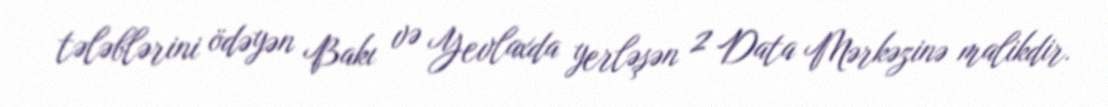
tələblərini ödəyən Bakı və Yevlaxda yerləşən 2 Data Mərkəzinə malikdir.